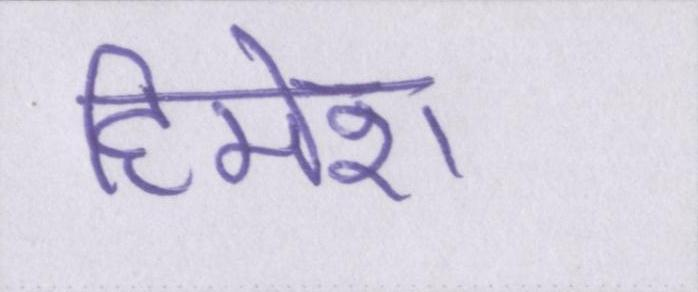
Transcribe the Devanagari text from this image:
हिमेश